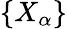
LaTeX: \{ X_{\alpha}\}